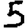
Digit: 5